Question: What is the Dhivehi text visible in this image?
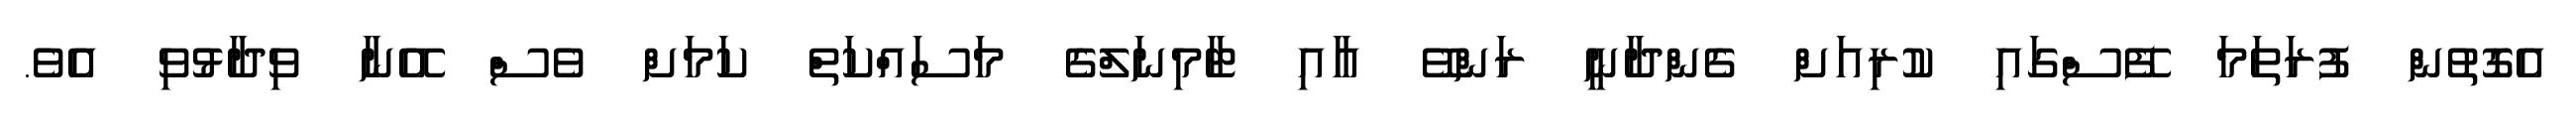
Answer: އެގޮތުން ފުރަތަމަ ފޭސްގައި ކުރިއަށް ގެންދާނީ ރަންވޭ އާއި ޓާމިނަލްގެ މަސައްކަތް ކަމަށް ވެސް އޭނާ ވިދާޅުވި އެވެ.